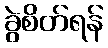
ခွဲစိတ်ရန်